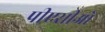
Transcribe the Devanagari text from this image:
पीएसीओ